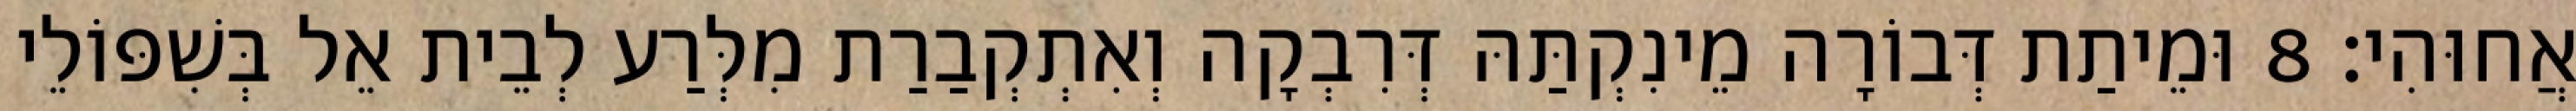
אֲחוּהִי׃ 8 וּמֵיתַת דְּבוֹרָה מֵינִקְתַּהּ דְּרִבְקָה וְאִתְקְבַרַת מִלְּרַע לְבֵית אֵל בְּשִׁפּוֹלֵי